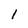
Character: 1